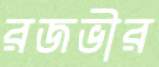
রজভীর